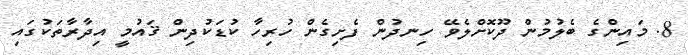
8. މައިންގެ ބެލުމުން ދޫކޮށްލެވޭ ހިނދުން ފެށިގެން ހުރިހާ ކުޑަކުދިން ޤައުމީ އިދާރާތަކުގައި